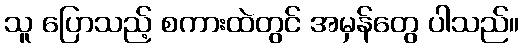
သူ ပြောသည့် စကားထဲတွင် အမှန်တွေ ပါသည်။